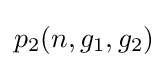
p_{2}(n,g_{1},g_{2})